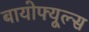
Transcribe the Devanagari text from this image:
बायोफ्यूल्स